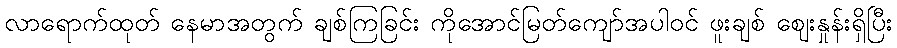
လာရောက်ထုတ် နေမာအတွက် ချစ်ကြခြင်း ကိုအောင်မြတ်ကျော်အပါဝင် ဖူးချစ် ဈေးနှုန်းရှိပြီး